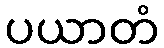
ပယာတံ